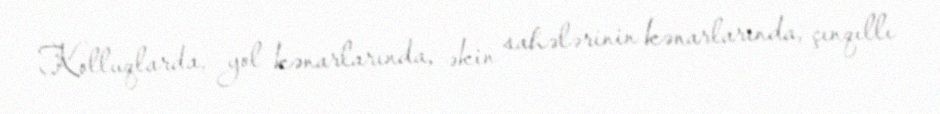
Kolluqlarda, yol kənarlarında, əkin sahələrinin kənarlarında, çınqıllı